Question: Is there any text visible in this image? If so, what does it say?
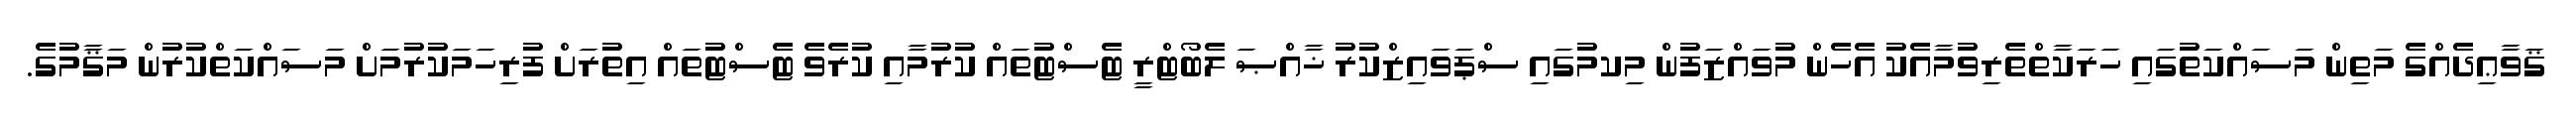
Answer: ޤަވާޢިދެއްގެ މަތިން މަސައްކަތުގައި ހަރަކާތްތެރިވުމާއެކު އެހެން މުވައްޒަފުން މިކމުގައި ސްޕަވައިޒްކުރު ޚާއްޞަ ލެބޯޓްރީ ޓެސްޓުތައް ކުރުމާއި ކުރެވެ ޓެސްޓުތައް އިތުރަށް ފުރިހަމަކުރުމަށް މަސައްކަތްކުރުން މަޤާމުގެ.